Civil Veterinary Department. United Provinces 1923-31 - 1923-1931
Year: 1923
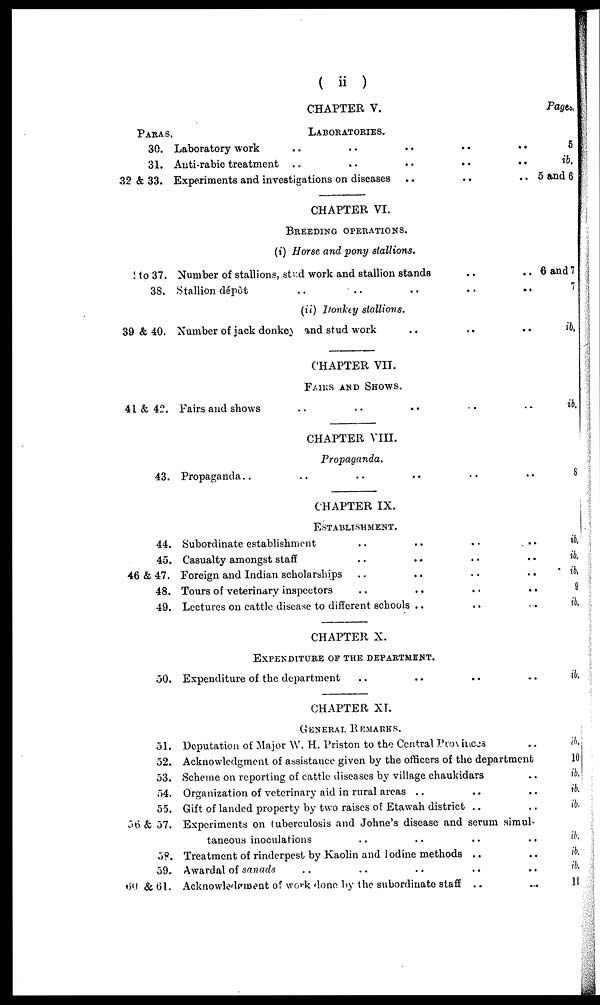
(ii)
PARAS
30.
31.
32 & 33.
1 to 37.
38.
39 & 40.
41 & 42.
43.
44.
45.
46 & 47.
48.
49.
50.
51.
52.
53.
54.
55.
56 & 57.
58.
59.
59 & 61.
CHAPTER V.
LABORATORIES.
Laboratory work .. .. .. .. ..
Anti-rabic treatment .. .. .. .. ..
Experiments and investigations on diseases .. .. ..
CHAPTER VI.
BREEDING OPERATIONS.
(i) Horse and pony stallions.
Number of stallions, stud work and stallion stands .. ..
Stallion dépôt .. .. .. .. ..
(ii) Donkey stallions.
Number of jack donkey and stud work .. .. ..
CHAPTER VII.
FAIRS AND SHOWS.
Fairs and shows .. .. .. .. ..
CHAPTER VIII.
Propaganda.
Propaganda .. .. .. .. .. ..
CHAPTER IX.
ESTABLISHMENT.
Subordinate establishment .. .. .. ..
Casualty amongst staff .. .. .. ..
Foreign and Indian scholarships .. .. .. ..
Tours of veterinary inspectors
..
..
..
..
Lectures on cattle disease to different schools .. .. ..
CHAPTER X.
EXPENDITURE OF THE DEPARTMENT.
Expenditure of the department .. .. .. ..
CHAPTER XI.
GENERAL REMARKS.
Deputation of Major W. H. Priston to the Central Provinces ..
Acknowledgment of assistance given by the officers of the department
Scheme on reporting of cattle diseases by village chaukidars ..
Organization of veterinary aid in rural areas .. .. ..
Gift of landed property by two raises of Etawah district .. ..
Experiments on tuberculosis and Johne's disease and serum simul-
taneous inoculations
..
..
..
..
Treatment of rinderpest by Kaolin and Iodine methods .. ..
Awardal of sanads .. .. .. .. ..
Acknowledgment of work done by the subordinate staff .. ..
Pages.
5
ib.
5 and 6
6 and 7
7
ib.
ib.
8
ib,
ib.
ib,
9
ib,
ib.
ib.
10
ib.
ib.
ib.
ib.
ib.
ib.
11